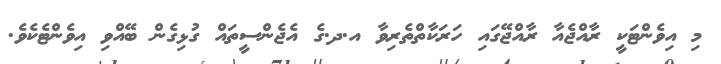
މި އިވެންޓަކީ ރާއްޖެއާ ރާއްޖޭގައި ހަރަކާތްތެރިވާ އ.ދ.ގެ އެޖެންސީތައް ގުޅިގެން ބޭއްވި އިވެންޓެކެވެ.